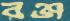
রঞ্জ